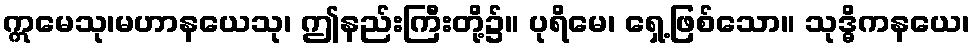
ဣမေသု၊မဟာနယေသု၊ ဤနည်းကြီးတို့၌။ ပုရိမေ၊ ရှေ့ဖြစ်သော။ သုဒ္ဓိကနယေ၊